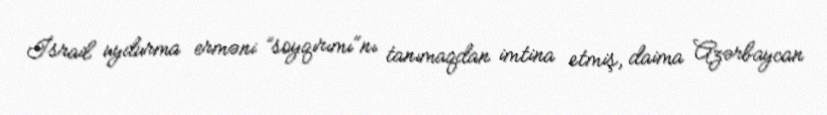
İsrail uydurma erməni ”soyqırımı"nı tanımaqdan imtina etmiş, daima Azərbaycan